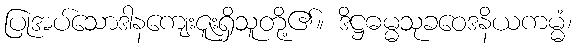
ပြုအပ်သောဒါနကျေးဇူးရှိသူတို့၏။ ဒိဋ္ဌဓမ္မသုခဝေဒနိယကမ္မံ၊